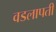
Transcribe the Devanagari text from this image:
वडलापती